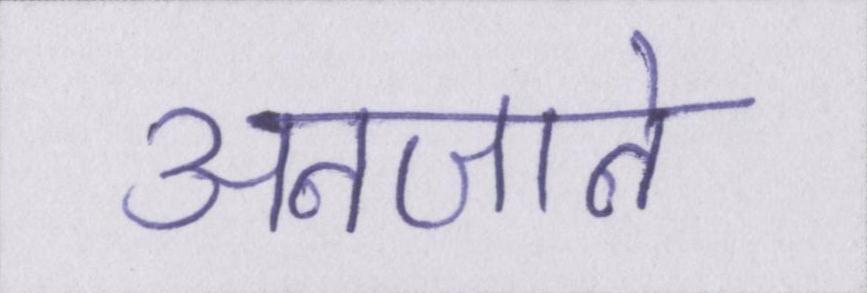
अनजाने